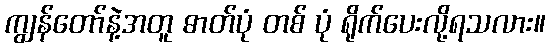
ကျွန်တော်နဲ့အတူ ဓာတ်ပုံ တစ် ပုံ ရိုက်ပေးလို့ရသလား။